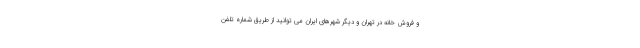
و فروش خانه در تهران و دیگر شهرهای ایران می توانید از طریق شماره تلفن